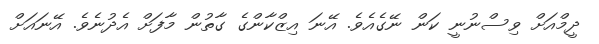
ދީމްއަށް ވިސްނުނީ ކަން ނޭގެއެވެ. އޭނަ އިޒްކާންގެ ގާތުން މާފަށް އެދުނެވެ. އޭނައަށް